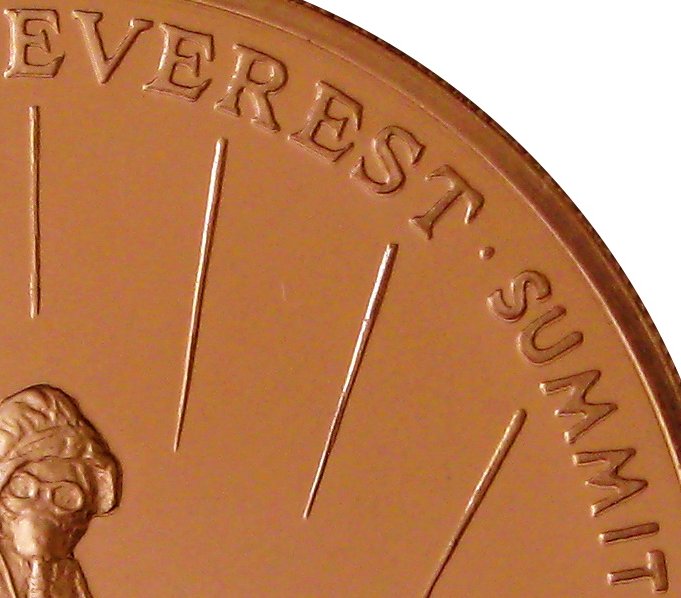
EVEREST.SUMMIT